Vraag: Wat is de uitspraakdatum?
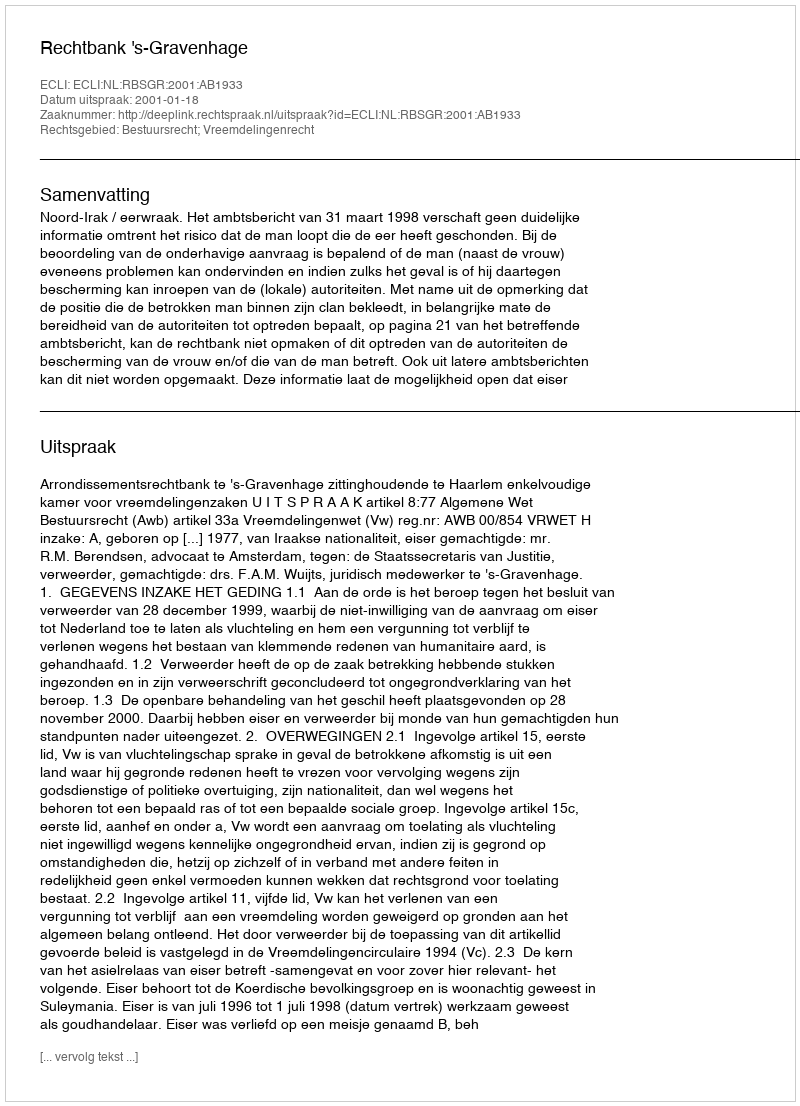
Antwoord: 2001-01-18